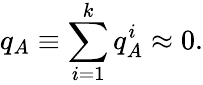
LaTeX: q_{A}\equiv\sum_{i=1}^{k}{q_{A}^{i}\approx 0}.